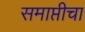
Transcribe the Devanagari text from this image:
समाप्तीचा